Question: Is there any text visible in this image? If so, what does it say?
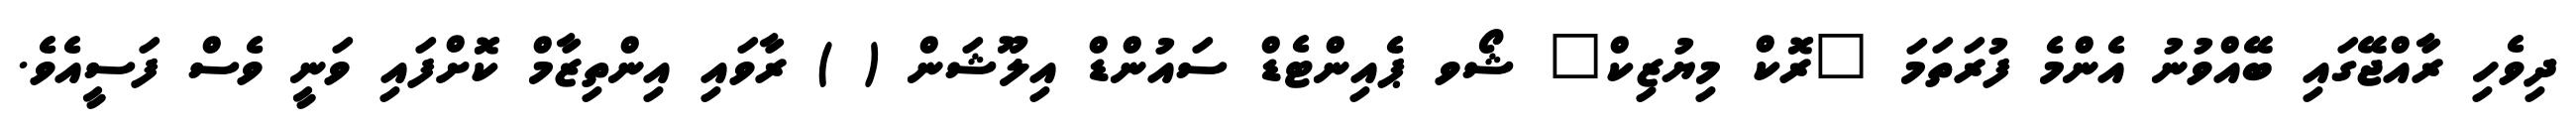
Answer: ދިވެހި ރާއްޖޭގައި ބޭއްވުނު އެންމެ ފުރަތަމަ "ރޮކް މިޔުޒިކް" ޝޯވ ޕެއިންޓެޑް ސައުންޑް އިލޫޝަން ( ) ރާވައި އިންތިޒާމް ކޮށްފައި ވަނީ ވެސް ފަސީއެވެ.